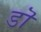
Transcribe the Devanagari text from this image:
डॊ